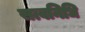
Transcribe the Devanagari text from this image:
सत्वनिधि